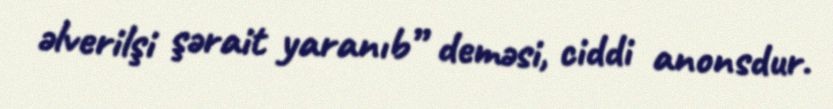
əlverilşi şərait yaranıb” deməsi, ciddi anonsdur.